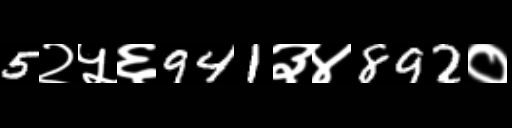
Text: 5२५६941३४892०